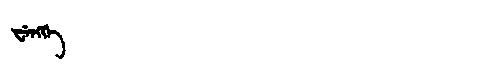
Manchu: ᠸᡝᠩᡴᡝ
Romanization: WENGKE